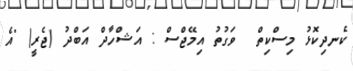
ކެނދިކޮޅު މިސްކިތް  ވަގުތު އިމޭޖްސް : އަޝްހާދް އަބްދު (ޖެރީ) "އެ